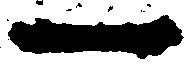
一